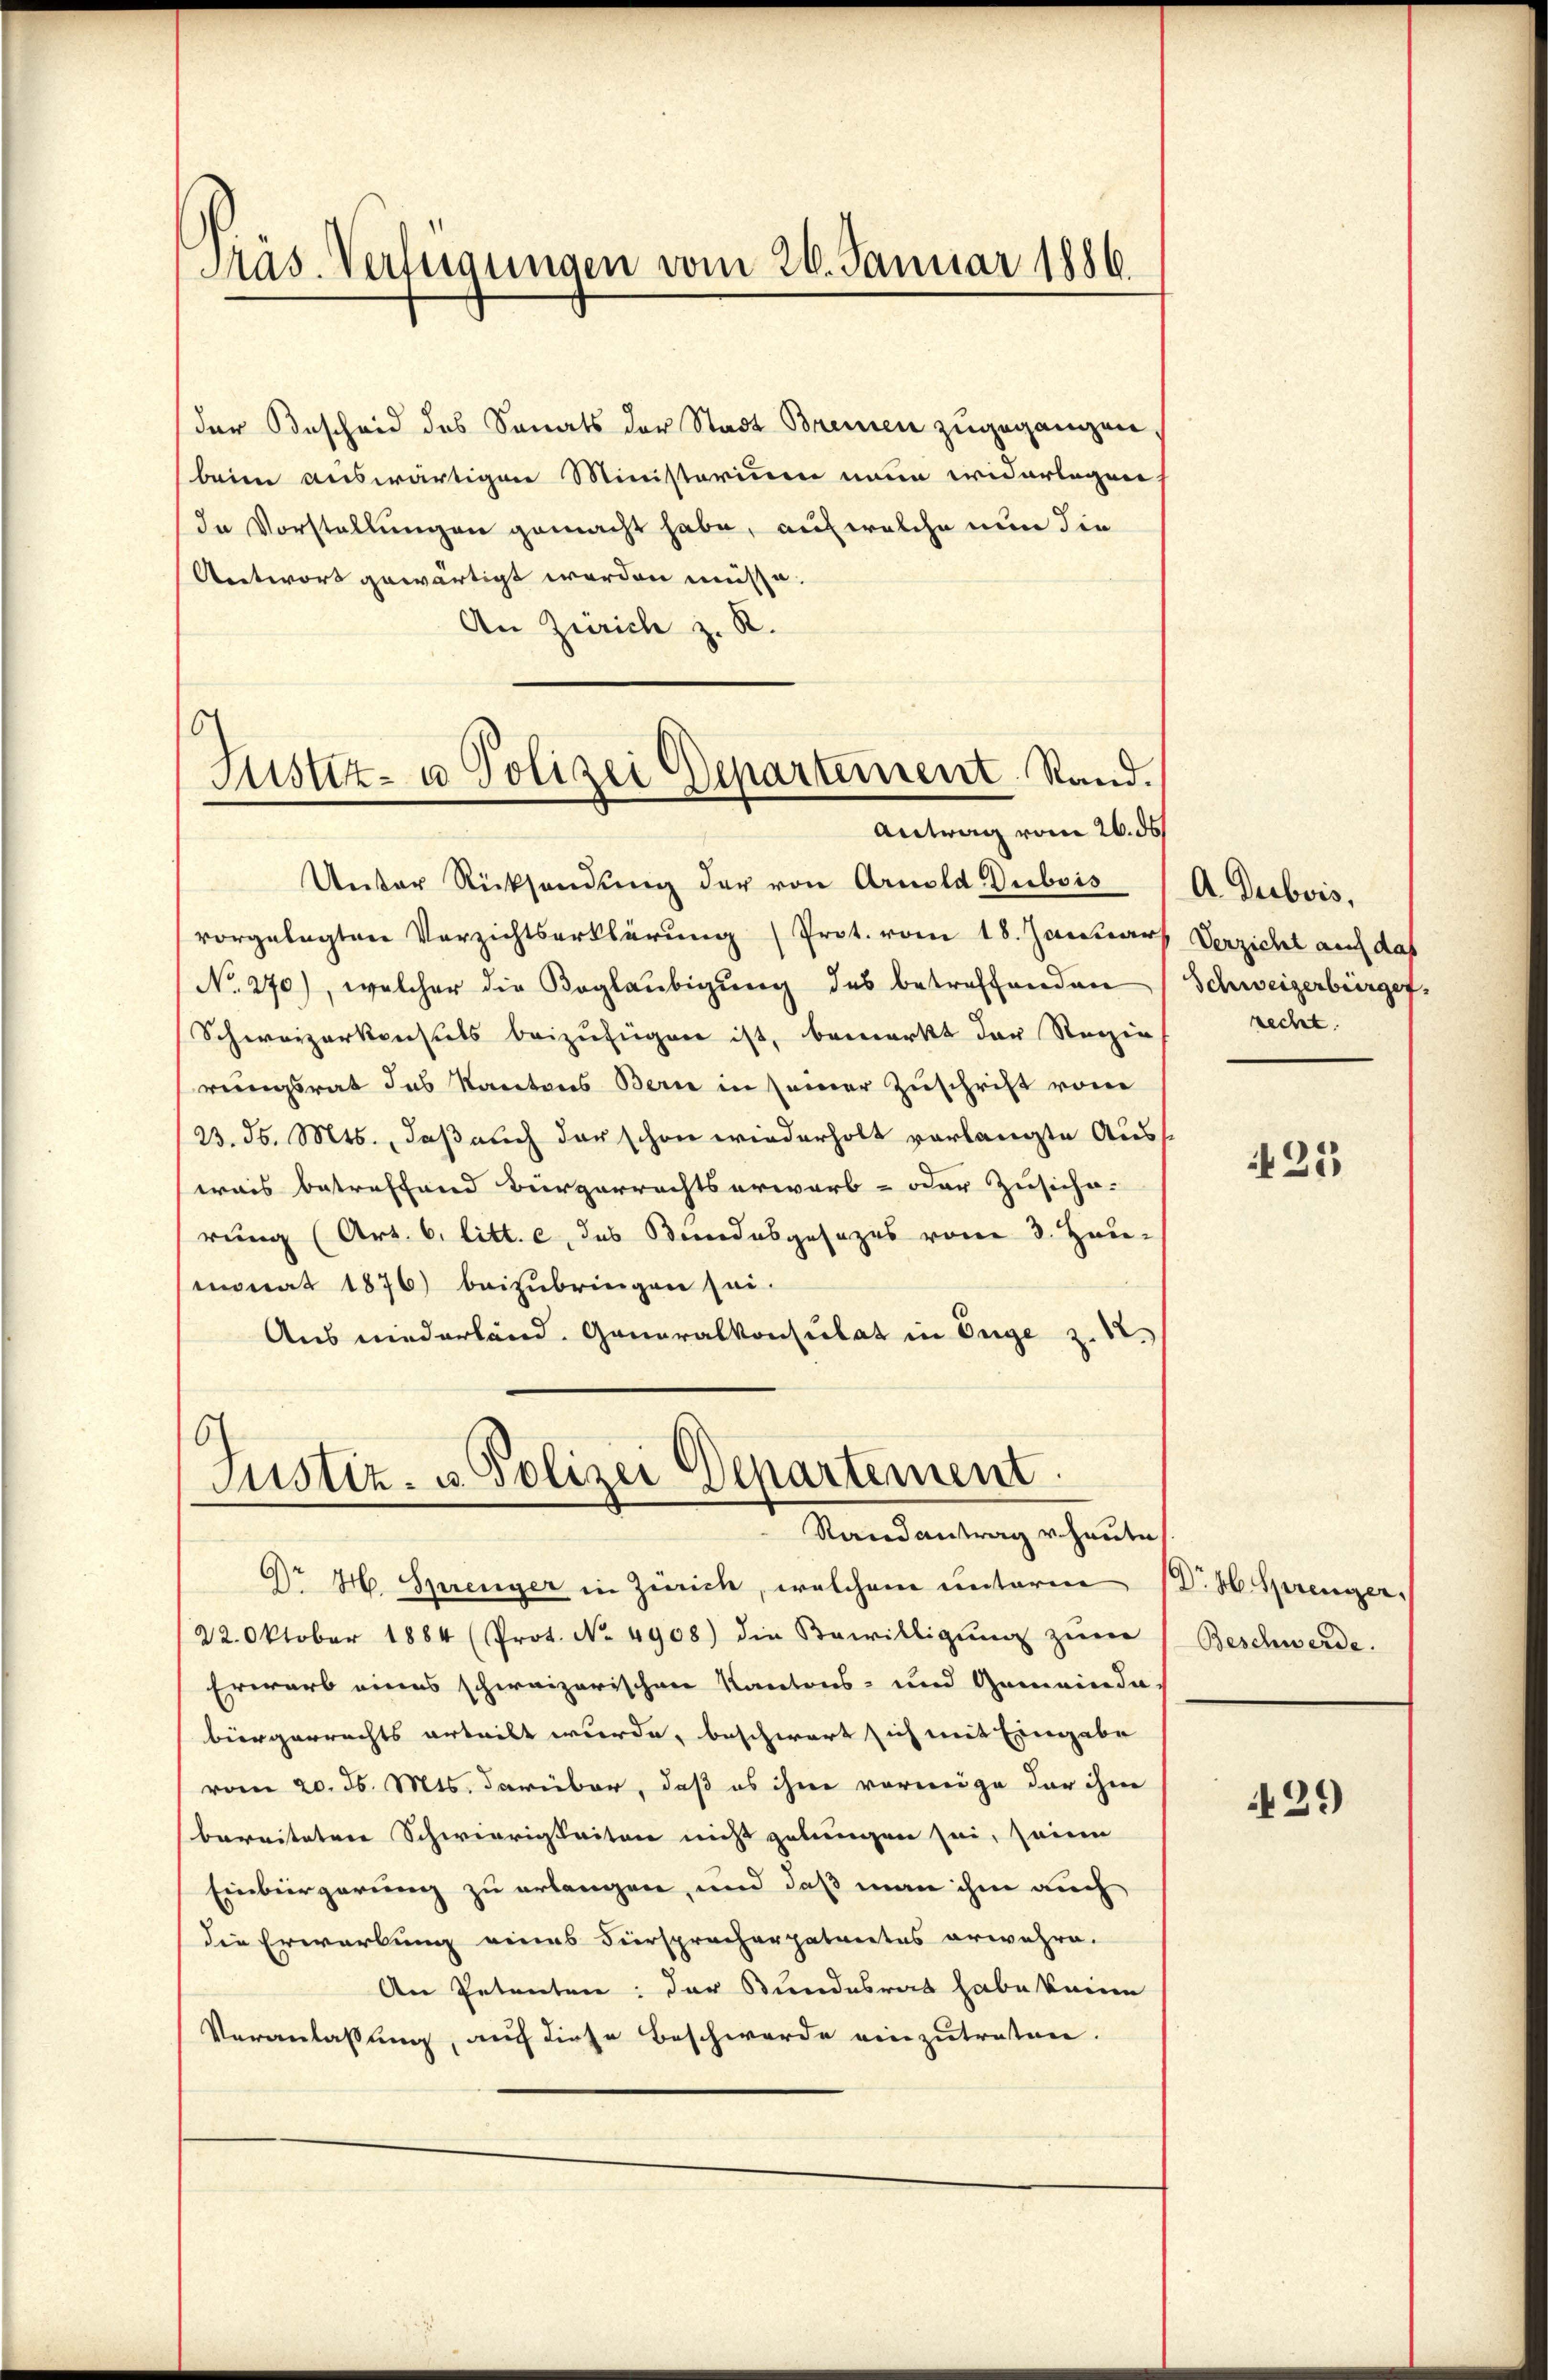
Präs. Verfeigungen vom 26. Januar 1886.

der Bescheid des Sanats der Stadt Brennen zugegangen.
beim auswärtigen Ministerium neun widerlagen
In Vorstellungen gemacht habe, auf welche nun die
Antwort gewärtigt worden müsse.
An Zürich z. R.
Unter Rücksendung der von Arnold Dubois
vorgelegten Verzichtserklärung (Prot. vom 18. Januar
No. 270), welcher die Boglaubigung des betreffenden
Schweizerkonsuls beizufügen ist, bemerkt der Regie
rungsrat das Kantons Berne in seiner Zuschrift vom
/23. d. Mts., daß auch der schon wiederholt vorlangte Auss
wais betreffend Bürgerrechtserwarb- oder Zusiche-
rung (Art. 6 litt. c, das Bandesgesezes von 3. Hau-
monat 1876) beizubringen sei.
Aus niederland. Generalkonsulat in Enge z. B.

)
Justiz- u Polizei Departement. Stand.
Antrag vom 26. ds

Justiz- u. Polizei Departement
Randantrag v. heute

Dr H. Sprenger in Zürich, welchem unterm 1. H. Sprenger,
22. Oktober 1884 (Prot. No. 4908) die Bewilligŭng zŭm
Erwarb eines schweizerischen Kantons- und Gemeindabürgerrechts urteilt wurde, beschwart sich mit Eingabe
vom 20. ds. Mts. darüber, daß es ihne vormige der ihm
bereiteten Schwierigkeiten nicht gelungen sei, seine
Einbürgerung zu erlangen, und daß man ihm auch
die Erwartung eines Fürspracherpaterates erwähre.
An Petenten: der Bundesrat habe keine
Veranlassung, auch diese Beschwerde einzutreten.

A Dubois,
Verzicht auf das
Schweizerbürger.
recht.

425

Beschwerde.

429